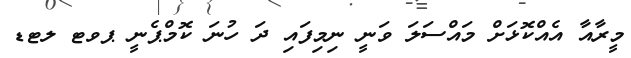
މީރާއާ އެއްކޮޅަށް މައްސަލަ ވަނީ ނިމިފައި ދަ ހުނަ ކޮމްޕެނީ ޕވޓ ލޓޑ